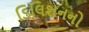
ડિલિશનનો